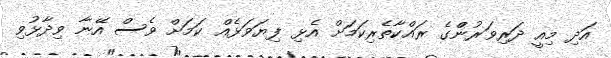
އަދި މިއީ ދަރިވަރުންްގެ ރައްކާތެރިކަމަށް އެޅި ފިޔަވަޅެއް ކަމަށް ވެސް އޭނާ ވިދާޅުވި